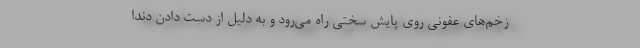
زخم‌های عفونی روی پایش سختی راه می‌رود و به دلیل از دست دادن دندا